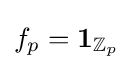
f_{p}=\mathbf {1} _{\mathbb {Z} _{p}}